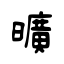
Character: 曠